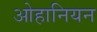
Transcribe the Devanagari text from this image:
ओहानियन